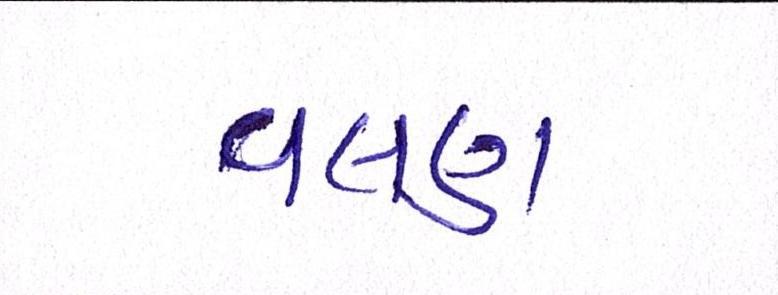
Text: વલણ